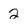
Character: 2